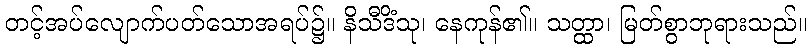
တင့်အပ်လျောက်ပတ်သောအရပ်၌။ နိသီဒိံသု၊ နေကုန်၏။ သတ္ထာ၊ မြတ်စွာဘုရားသည်။